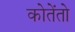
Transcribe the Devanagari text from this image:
कोतेंतो